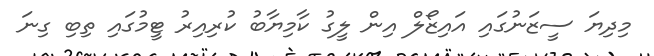
މިދިޔަ ސީޒަނުގައި އައިޒޯލް އިން ލީގު ކާމިޔާބު ކުރިއިރު ޓީމުގައި ތިބި ގިނަ